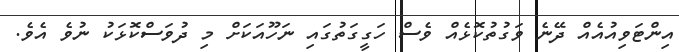
އިންޓަވިއުއެއް ދޭނެ ވަގުތުކޮޅެއް ވެސް ހަގީގަތުގައި ނަހޫއަކަށް މި ދުވަސްކޮޅަކު ނުވެ އެވެ.